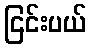
ငြင်းပယ်